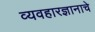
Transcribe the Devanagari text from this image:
व्यवहारज्ञानाचे